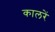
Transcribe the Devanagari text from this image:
कालरें